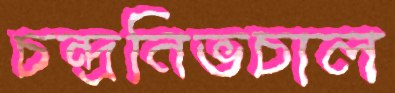
চন্দ্রনিভচাল